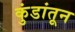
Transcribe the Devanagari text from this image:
कुंडांतून